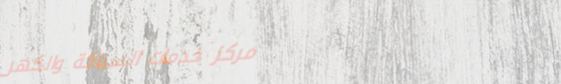
مركز خدمات السباكة والكهر